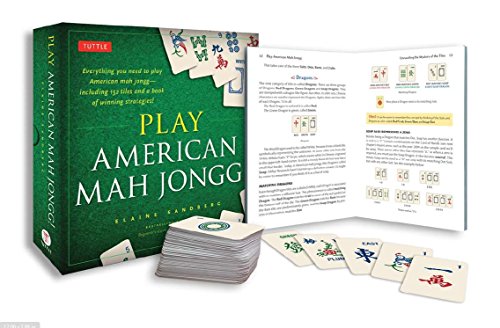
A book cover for Play American Mah Jongg! Kit: Everything you need to Play American Mah Jongg (includes instruction book and 152 playing cards); Elaine Sandberg; Humor & Entertainment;